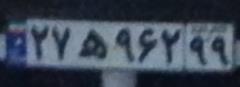
۲۷ه۹۶۲۹۹